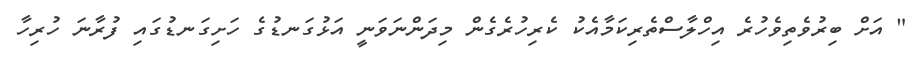
" އަށް ބިރުވެތިވެހުރެ އިހްލާސްތެރިކަމާއެކު ކެރިހުރެގެން މިދަންނަވަނީ އަޅުގަނޑުގެ ހަށިގަނޑުގައި ފުރާނަ ހުރިހާ